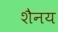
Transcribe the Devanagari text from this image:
शैनय